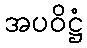
အပဝိဋ္ဌံ